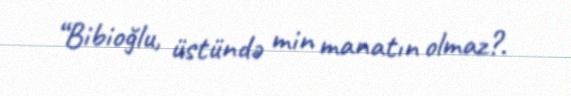
“Bibioğlu, üstündə min manatın olmaz?.